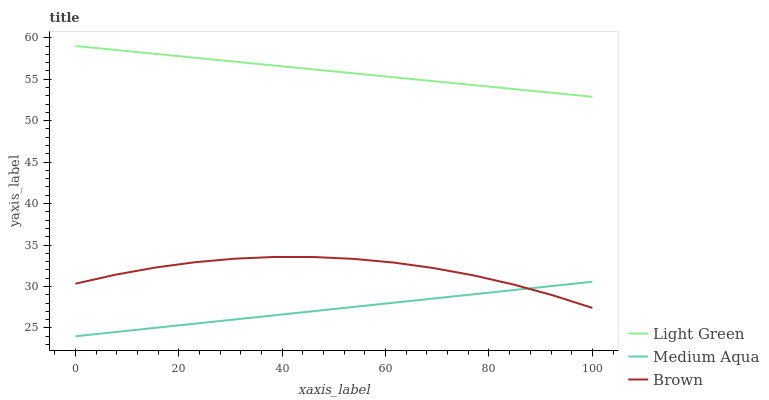
| xaxis_label | Light Green | Medium Aqua | Brown |
 | --- | --- | --- | --- |
 | 0 | 59 | 24 | 30.3 |
 | 7.69 | 58.5 | 24.5 | 31.4 |
 | 15.4 | 58.1 | 25 | 32.3 |
 | 23.1 | 57.6 | 25.5 | 32.9 |
 | 30.8 | 57.1 | 26 | 33.4 |
 | 38.5 | 56.6 | 26.5 | 33.6 |
 | 46.2 | 56.2 | 27 | 33.6 |
 | 53.8 | 55.7 | 27.5 | 33.3 |
 | 61.5 | 55.2 | 28 | 32.9 |
 | 69.2 | 54.8 | 28.5 | 32.2 |
 | 76.9 | 54.3 | 29.1 | 31.4 |
 | 84.6 | 53.8 | 29.6 | 30.3 |
 | 92.3 | 53.4 | 30.1 | 28.9 |
 | 100 | 52.9 | 30.6 | 27.4 |